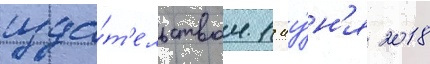
изда́т'ельством 1 иу́н'я 2018